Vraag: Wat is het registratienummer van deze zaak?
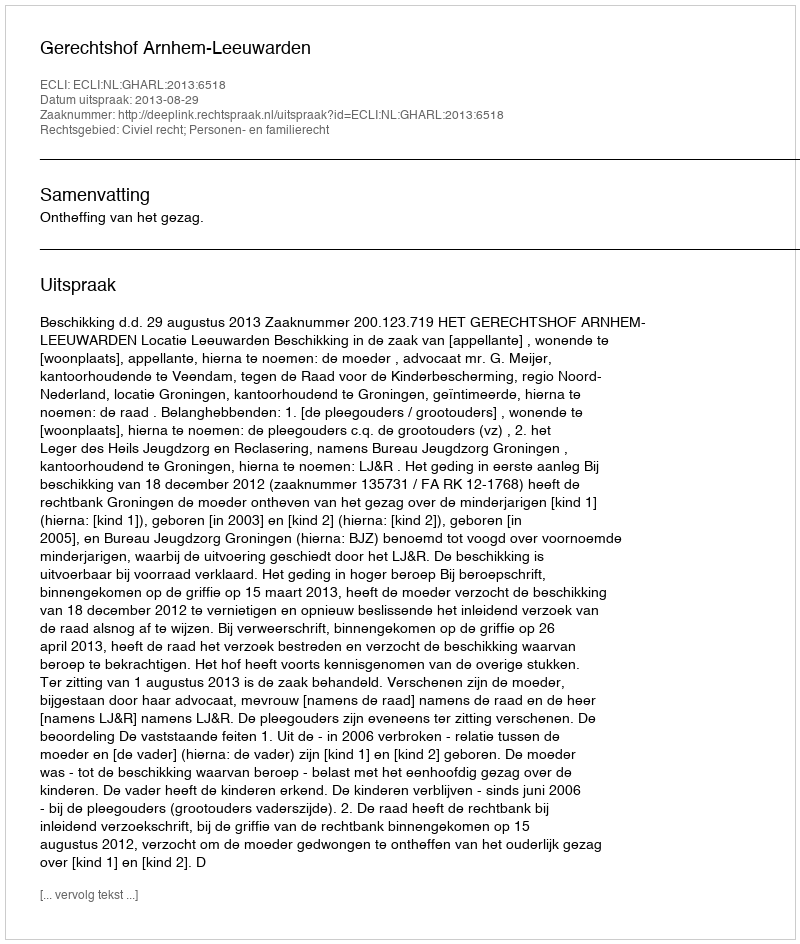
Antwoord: http://deeplink.rechtspraak.nl/uitspraak?id=ECLI:NL:GHARL:2013:6518